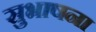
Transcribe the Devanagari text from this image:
सुभाषना